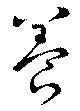
養